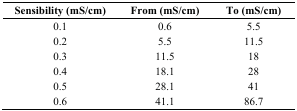
<table><thead><tr><td><b>Sensibility (mS/cm)</b></td><td><b>From (mS/cm)</b></td><td><b>To (mS/cm)</b></td></tr></thead><tbody><tr><td>0.1</td><td>0.6</td><td>5.5</td></tr><tr><td>0.2</td><td>5.5</td><td>11.5</td></tr><tr><td>0.3</td><td>11.5</td><td>18</td></tr><tr><td>0.4</td><td>18.1</td><td>28</td></tr><tr><td>0.5</td><td>28.1</td><td>41</td></tr><tr><td>0.6</td><td>41.1</td><td>86.7</td></tr></tbody></table>